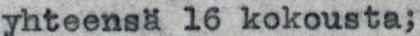
yhteensä 16 kokousta;